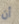
أن